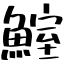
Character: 鰘